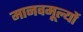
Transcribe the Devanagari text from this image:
मानवमूल्यों